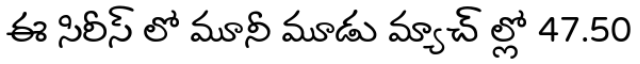
ఈ సిరీస్ లో మూనీ మూడు మ్యాచ్ ల్లో 47.50